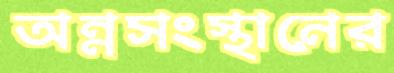
অন্নসংস্থানের